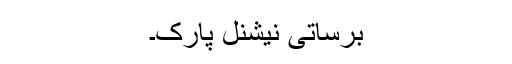
برساتی نیشنل پارک۔